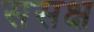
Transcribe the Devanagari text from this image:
ससक्ष